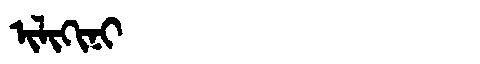
Manchu: ᡳᠯᡳᡴᡳᠨᡳ
Romanization: ILIKINI